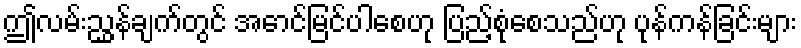
ဤလမ်းညွှန်ချက်တွင် အောင်မြင်ပါစေဟု ပြည့်စုံစေသည်ဟု ပုန်ကန်ခြင်းများ